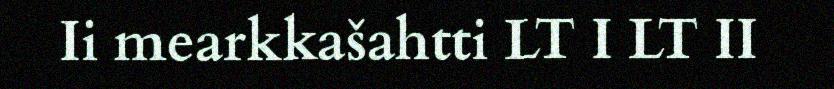
Ii mearkkašahtti LT I LT II